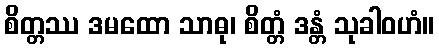
စိတ္တဿ ဒမထော သာဓု၊ စိတ္တံ ဒန္တံ သုခါဝဟံ။